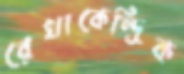
রেখাকেন্দ্রিক